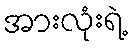
အားလုံးရဲ့